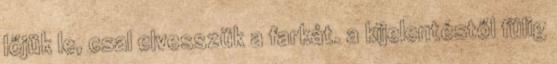
lőjük le, csal elvesszük a farkát. a kijelentéstől fülig